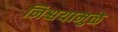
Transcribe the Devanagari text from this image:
निश्चयामुळे